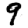
Digit: 9